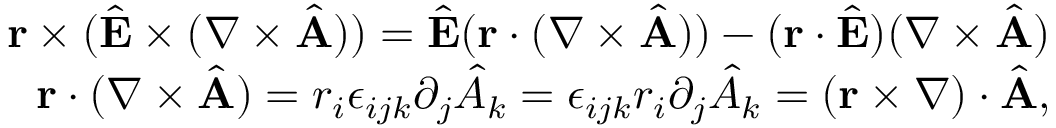
\begin{array} { r l r } & { } & { { \bf r } \times ( \hat { \bf E } \times ( \nabla \times \hat { \bf A } ) ) = \hat { \bf E } ( { \bf r } \cdot ( \nabla \times \hat { \bf A } ) ) - ( { \bf r } \cdot \hat { \bf E } ) ( \nabla \times \hat { \bf A } ) } \\ & { } & { { \bf r } \cdot ( \nabla \times \hat { \bf A } ) = r _ { i } \epsilon _ { i j k } \partial _ { j } \hat { A } _ { k } = \epsilon _ { i j k } r _ { i } \partial _ { j } \hat { A } _ { k } = ( { \bf r } \times \nabla ) \cdot \hat { \bf A } , } \end{array}